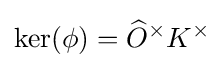
\ker(\phi )={\widehat {O}}^{\times }K^{\times }